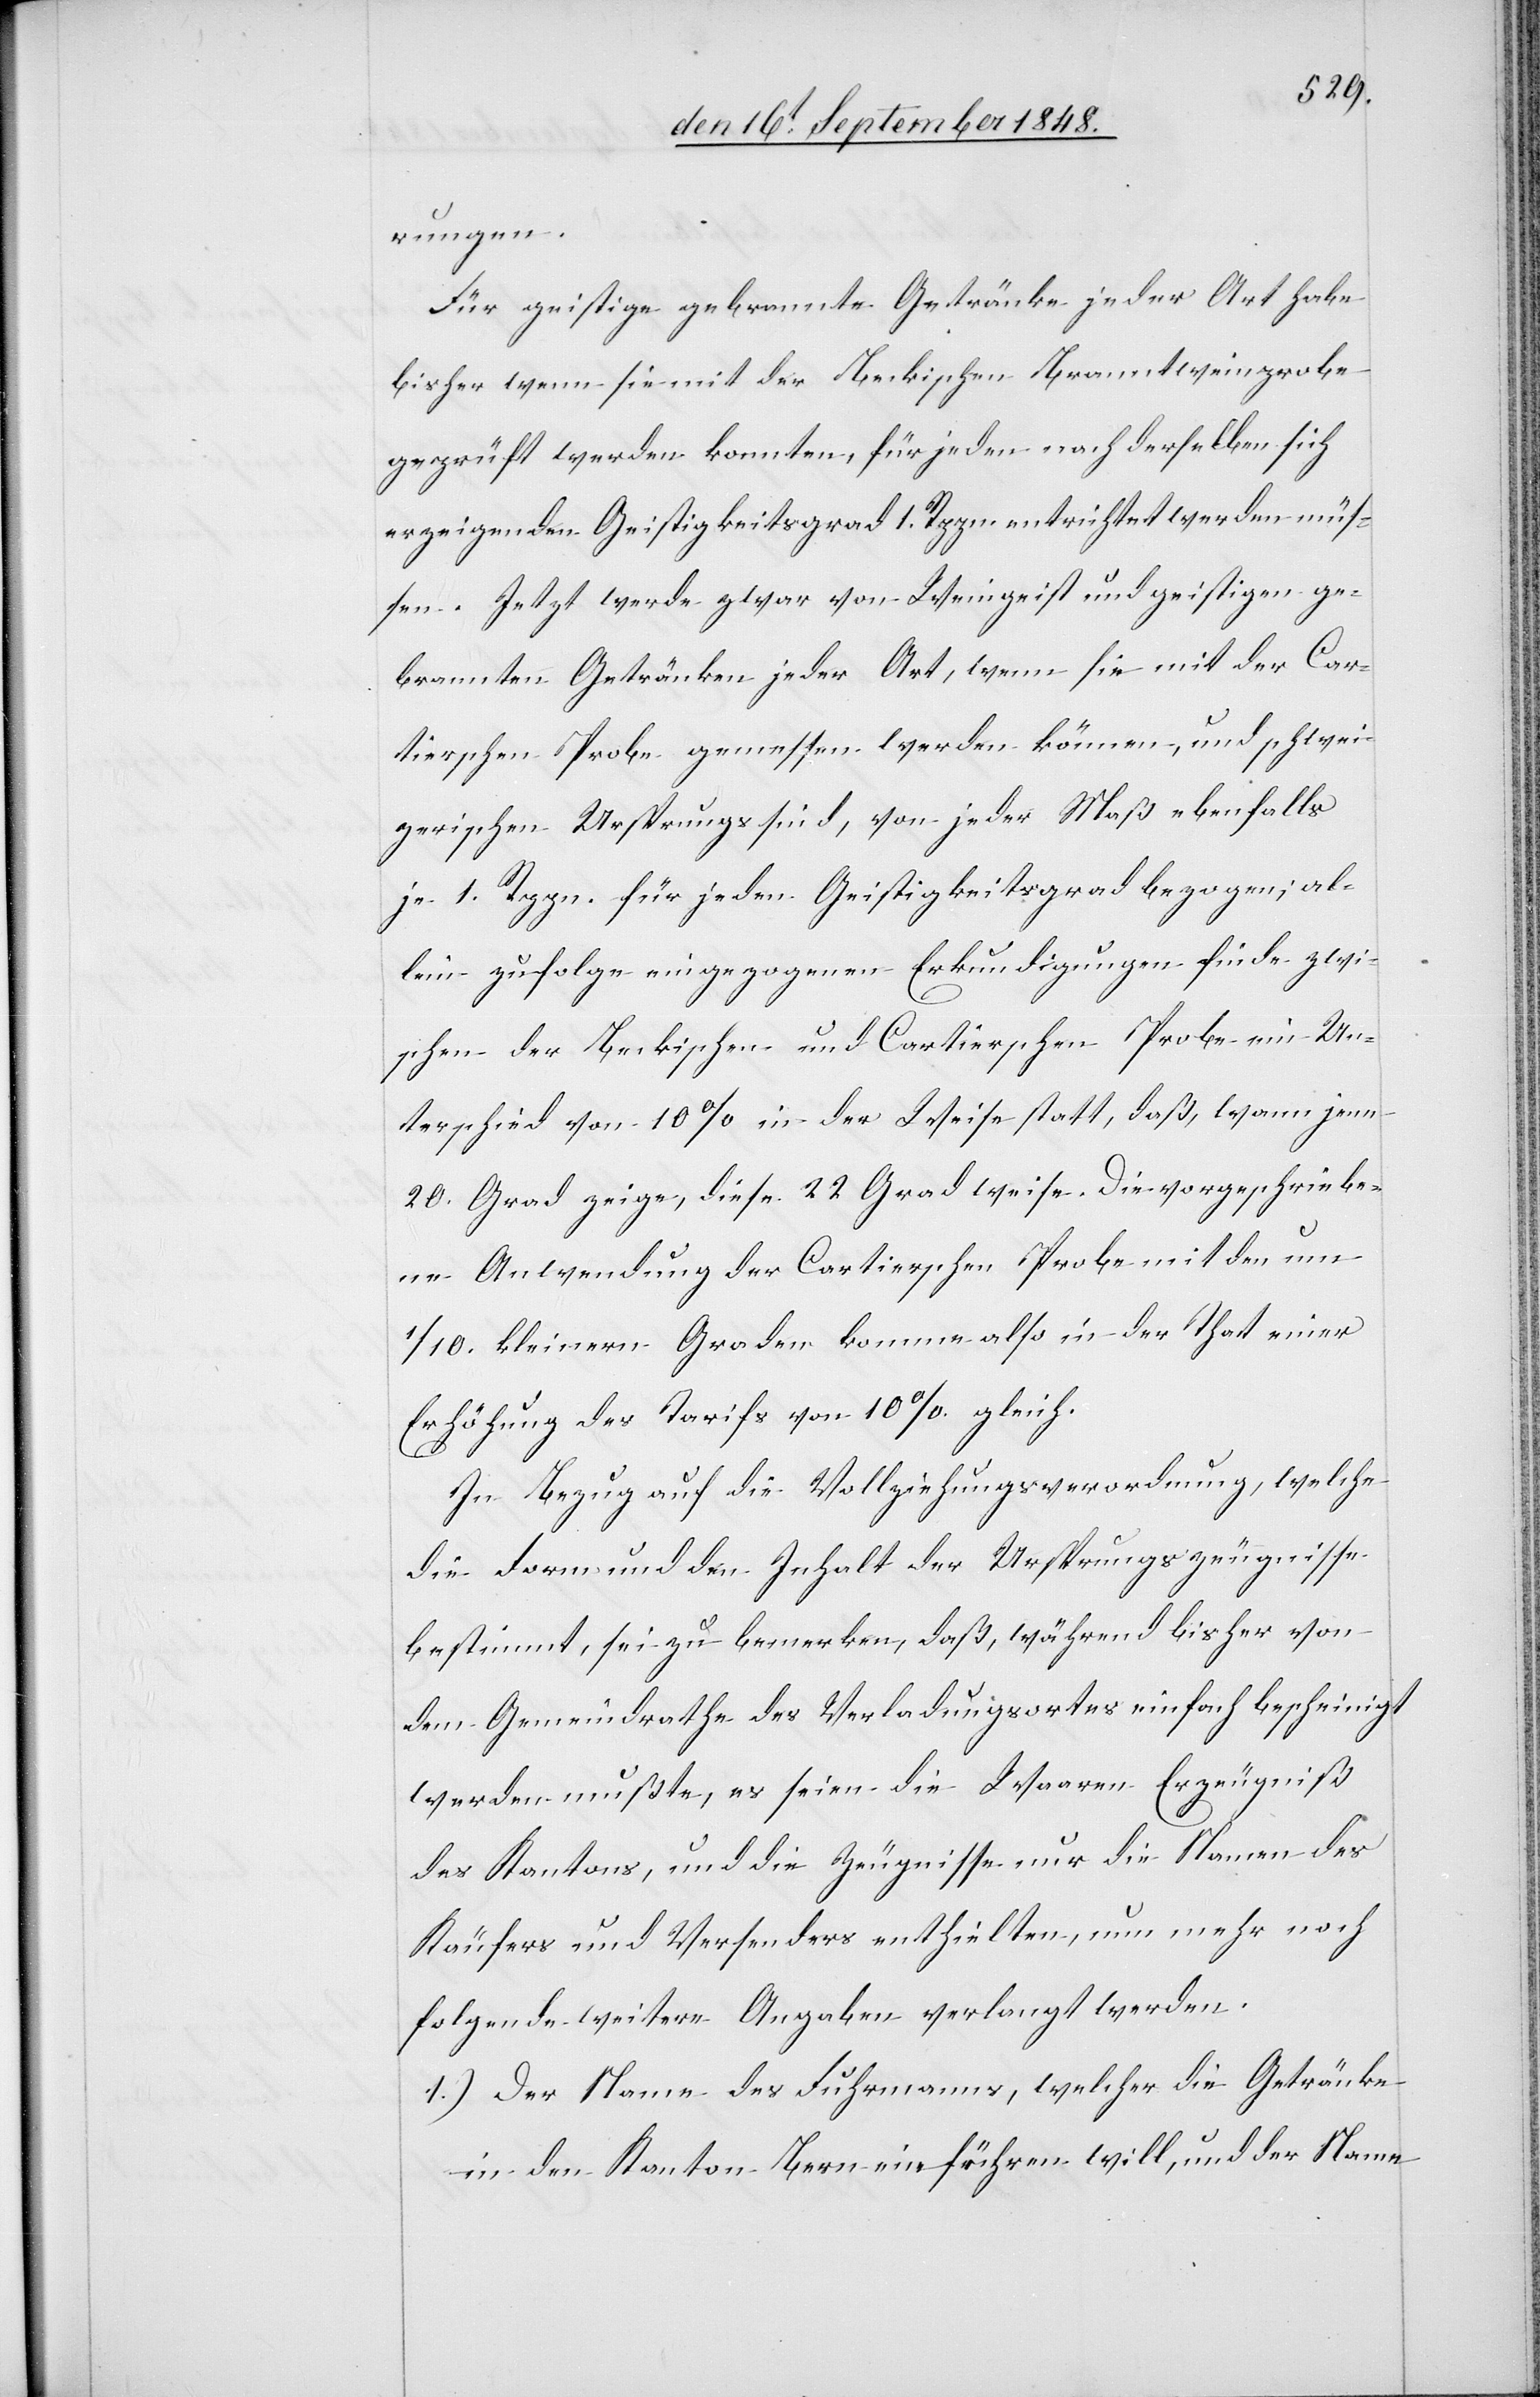
rungen.
Für geistige gebrannte Getränke jeder Art habe
bisher wenn sie mit der Beckischen Branntweinprobe
geprüft werden konnten, für jeden nach derselben sich
erzeigenden Geistigkeitsgrad 1. Rppn. entrichtet werden müs¬
sen. Jetzt werde zwar von Weingeist und geistigen ge¬
brannten Getränken jeder Art, wenn sie mit der Car¬
tierschen Probe gemessen werden können, und schwei¬
zerischen Ursprungs sind, von jeder Maß ebenfalls
je 1. Rppn. für jeden Geistigkeitsgrad bezogen; al¬
lein zufolge eingezogenen Erkundigungen finde zwi¬
schen der Beckischen und Cartierschen Probe ein Un¬
terschied von 10% in der Weise statt, daß, wann jene
20. Grad zeige, diese 22 Grad weise. Die vorgeschriebe¬
ne Anwendung der Cartierschen Probe mit den um
1/10. kleinern Graden komme also in der That einer
Erhöhung des Tarifs von 10% gleich.
In Bezug auf die Vollziehungsverordnung, welche
die Form und den Inhalt der Ursprungszeugnisse
bestimmt, sei zu bemerken, daß, während bisher von
dem Gemeindrathe des Verladungsortes einfach bescheinigt
werden mußte, es seien die Waaren Erzeugniß
des Kantons, um die Zeugnisse nur die Namen des
Käufers und Versenders enthielten, nun mehr noch
folgende weitere Angaben verlangt werden.
1.) Der Name des Fuhrmanns, welcher die Getränke
in den Kanton Bern einführen will, und der Name